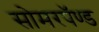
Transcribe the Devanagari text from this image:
सोमरपॅण्ड